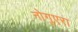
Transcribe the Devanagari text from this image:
नोगुएरा